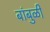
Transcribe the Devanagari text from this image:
बांबुळी